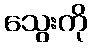
သွေးကို